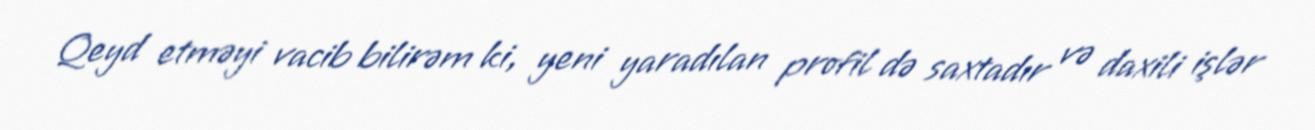
Qeyd etməyi vacib bilirəm ki, yeni yaradılan profil də saxtadır və daxili işlər